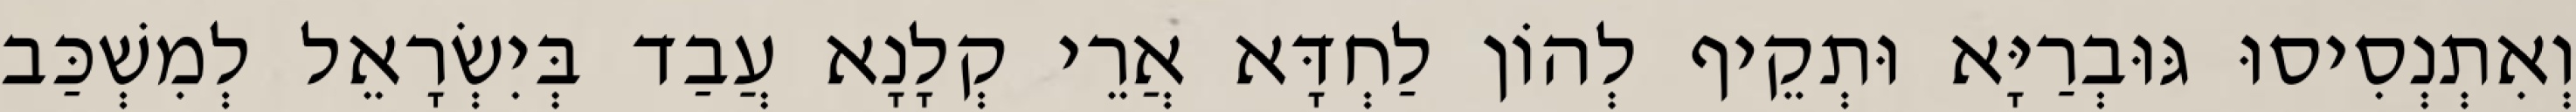
וְאִתְנְסִיסוּ גּוּבְרַיָּא וּתְקֵיף לְהוֹן לַחְדָּא אֲרֵי קְלָנָא עֲבַד בְּיִשְׂרָאֵל לְמִשְׁכַּב